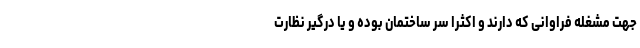
جهت مشغله فراوانی که دارند و اکثرا سر ساختمان بوده و یا درگیر نظارت